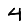
Digit: 4